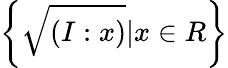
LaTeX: \left\{ {\sqrt{(I:x)}}|x\in R\right\}